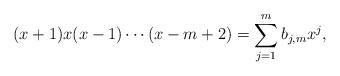
LaTeX: \begin{align*}(x+1)x(x-1)\cdots(x-m+2)=\sum_{j=1}^m b_{j,m}x^j,\end{align*}